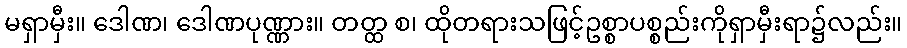
မရှာမှီး။ ဒေါဏ၊ ဒေါဏပုဏ္ဏား။ တတ္ထ စ၊ ထိုတရားသဖြင့်ဥစ္စာပစ္စည်းကိုရှာမှီးရာ၌လည်း။